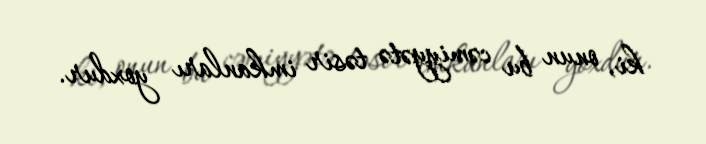
ki, onun bu cəmiyyətə təsir imkanları yoxdur.